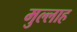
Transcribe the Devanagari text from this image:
मुल्‍लाह